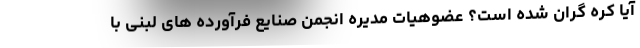
آیا کره گران شده است؟ عضوهیات مدیره انجمن صنایع فرآورده های لبنی با